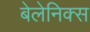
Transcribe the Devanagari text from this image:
बेलेनिक्स